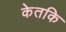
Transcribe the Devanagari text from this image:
केतकि